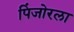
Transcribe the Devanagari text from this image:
पिंजोरला